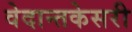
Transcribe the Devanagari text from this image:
वेदान्तकेसरी